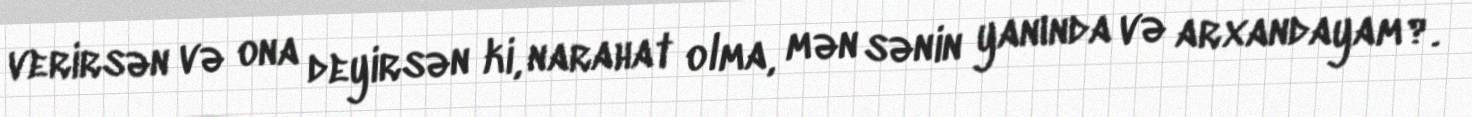
verirsən və ona deyirsən ki, narahat olma, mən sənin yanında və arxandayam?.